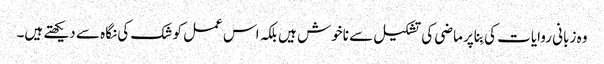
وہ زبانی روایات کی بِنا پر ماضی کی تشکیل سے ناخوش ہیں بلکہ اس عمل کو شک کی نگاہ سے دیکھتے ہیں۔